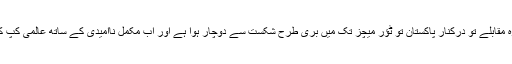
ایک روزہ مقابلے تو درکنار پاکستان تو ٹؤر میچز تک میں بری طرح شکست سے دوچار ہوا ہے اور اب مکمل ناامیدی کے ساتھ عالمی کپ کھیلے گا۔